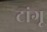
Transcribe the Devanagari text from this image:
टांगू